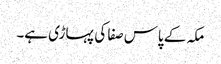
مکہ کے پاس صفا کی پہاڑی ہے۔